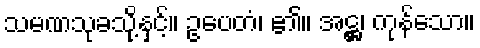
သမဏသုခသို့နှင့်။ ဥပေတံ၊ ၏။ အဋ္ဌ၊ ကုန်သော။